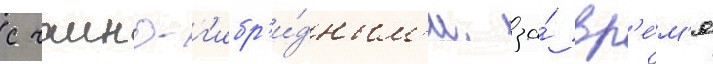
с чаино-г'ибр'и́дным'и. за́ вр'е́м'я